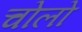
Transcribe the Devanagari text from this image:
चोलो